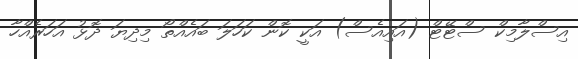
އިސްލާމިކް ސްޓޭޓް (އައިއެސް) އަކީ ކޮން ކަހަލަ ބައެއްތޯ މިދިޔަ ދޮޅު އަހަރެއްހާ